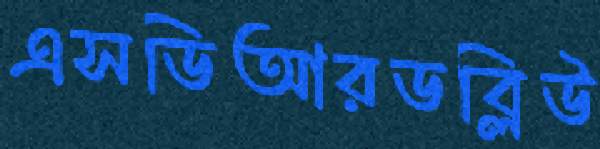
এসডিআরডব্লিউ